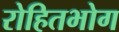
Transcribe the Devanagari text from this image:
रोहितभोग